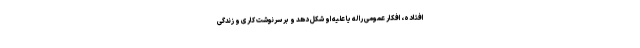
افتاده، افکار عمومی را له یا علیه او شکل دهد و بر سرنوشت کاری و زندگی